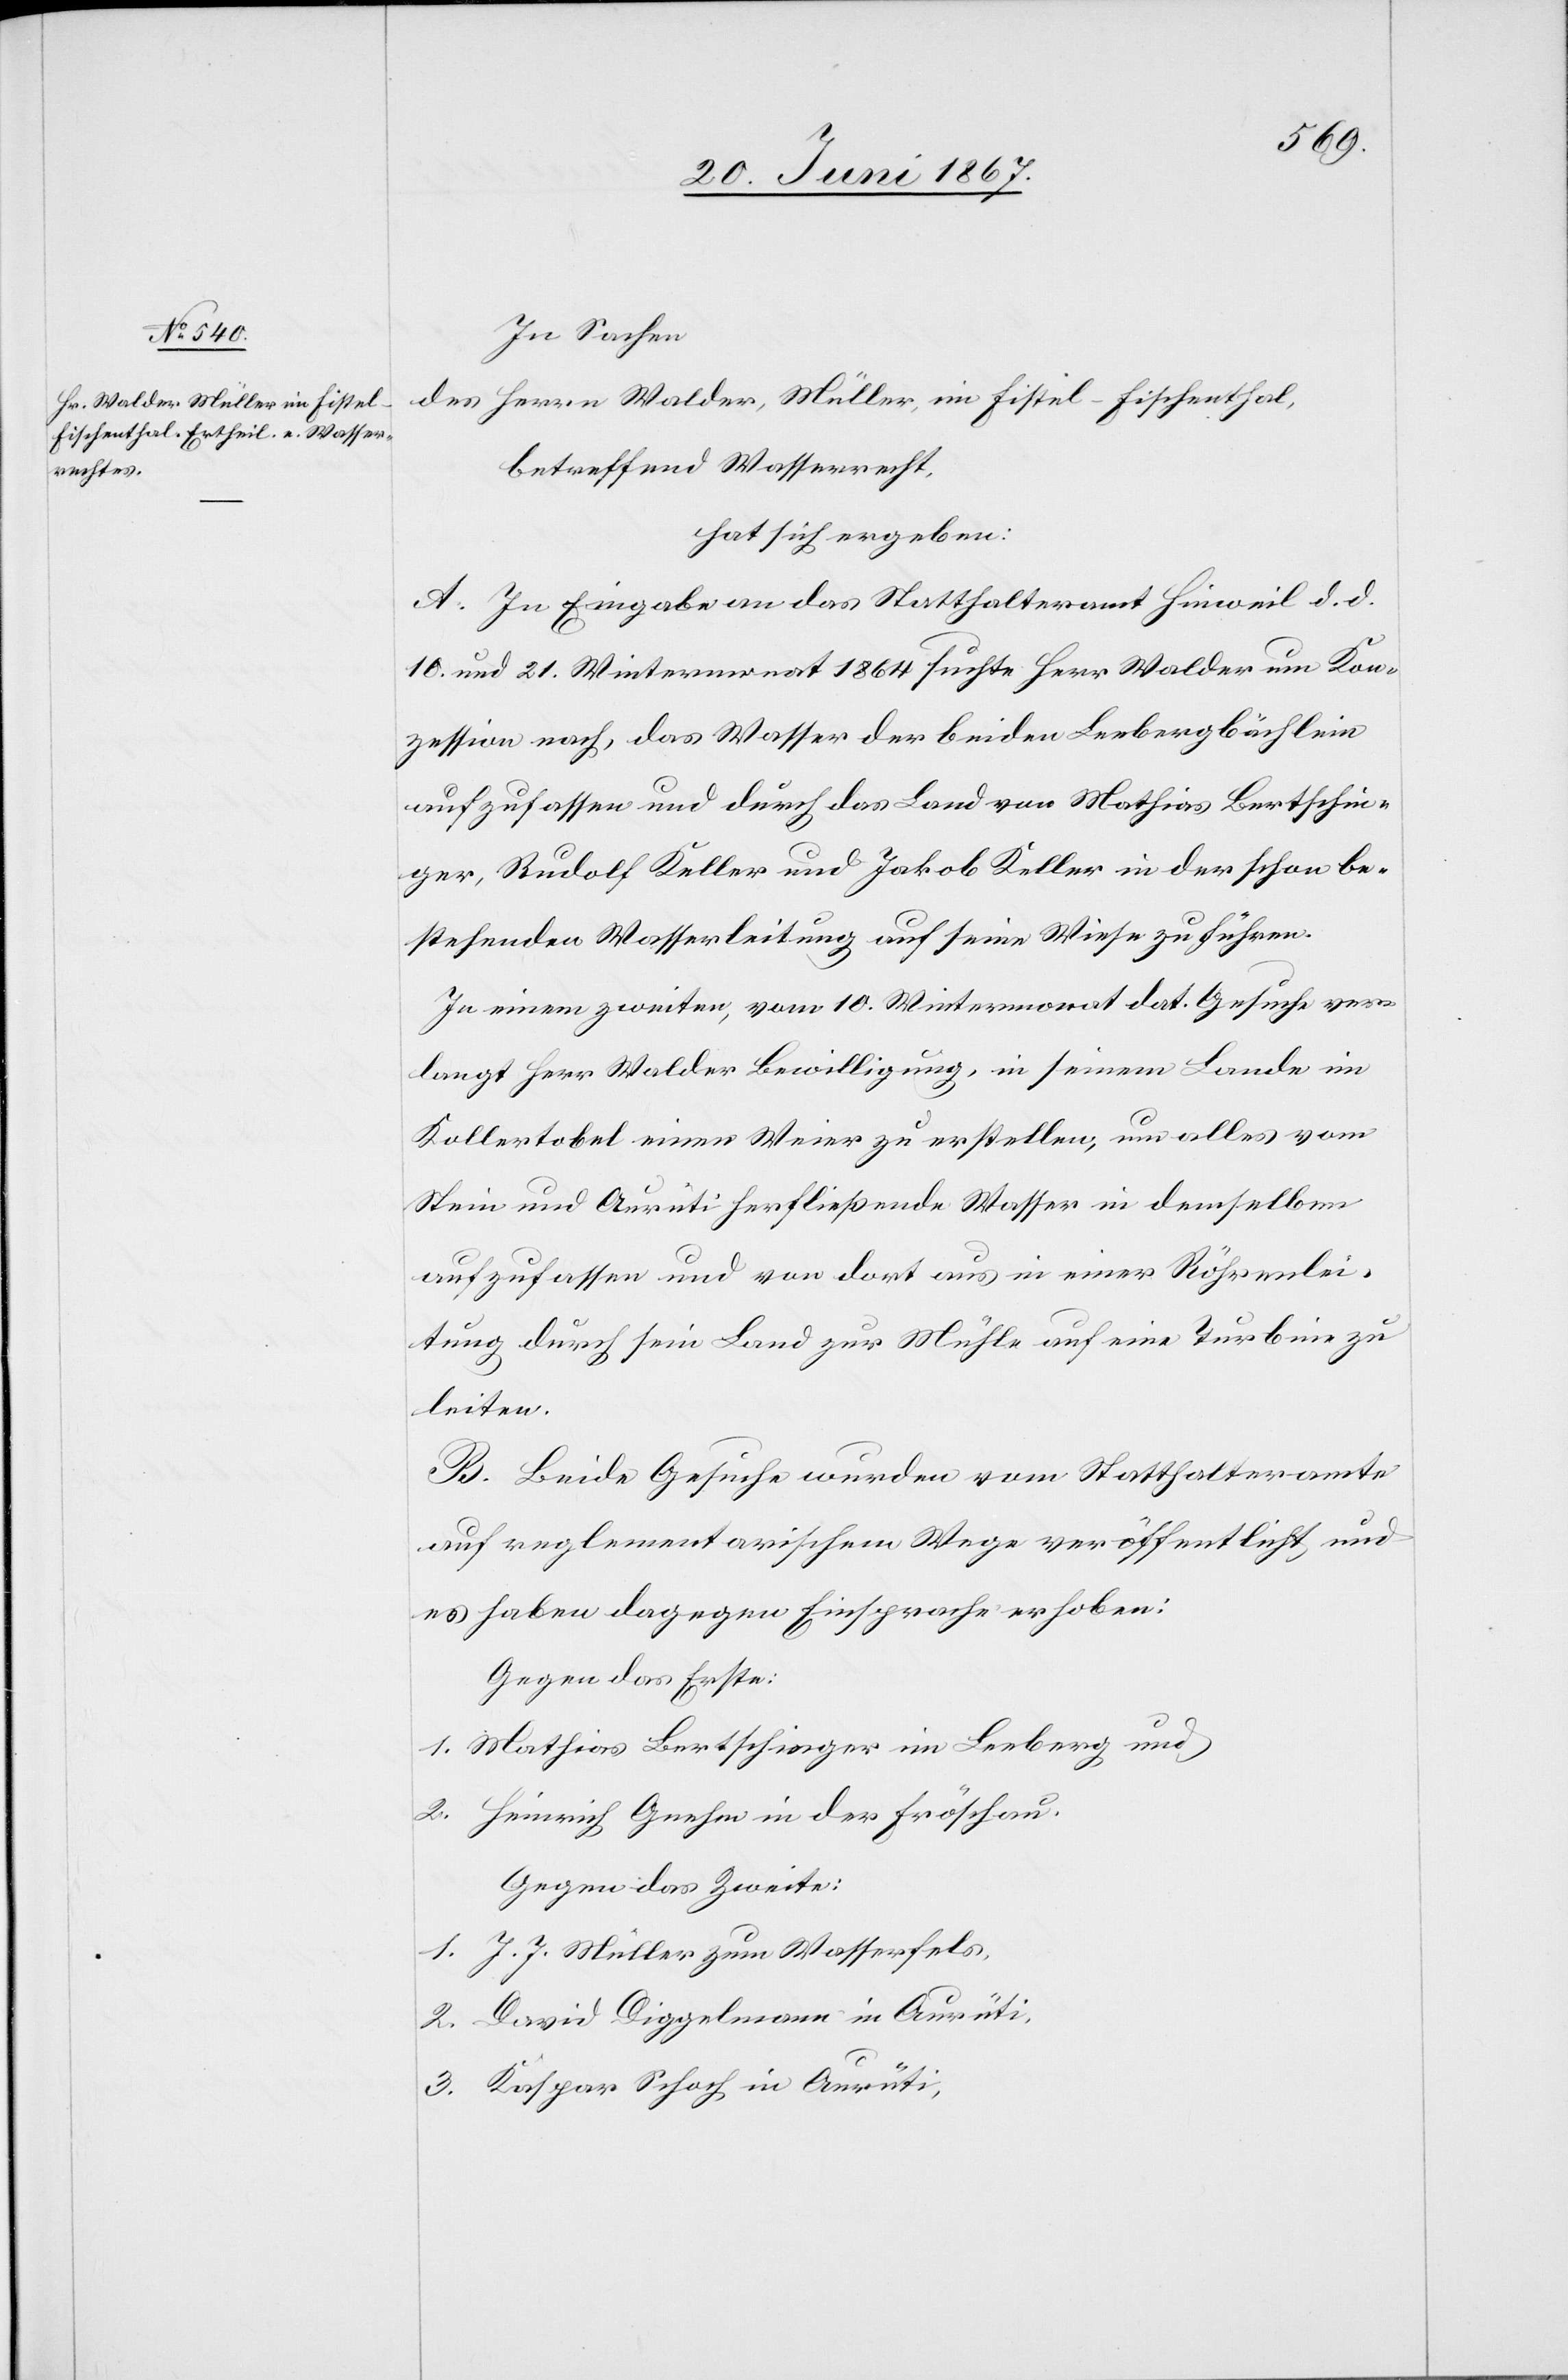
In Sachen
Herrn Walder, Müller, im Fistel-Fischenthal,
des
betreffend Wasserrecht,
hat sich ergeben:
A. In Eingabe an das Statthalteramt Hinweil d. d.
10. und 21. Wintermonat 1864 suchte Herr Walder um Kon¬
zession nach, das Wasser der beiden Leebergbächlein
aufzufassen und durch das Land von Mathias Berschin¬
ger, Rudolf Keller und Jakob Keller in der schon be¬
stehenden Wasserleitung auf seine Wiese zu führen.
In einem zweiten, vom 10. Wintermonat dat. Gesuche ver¬
langt Herr Walder Bewilligung, in seinem Lande im
Kollertobel einen Weier zu erstellen, um alles vom
Stein und Aurüti herfließende Wasser in demselben
aufzufassen und von dort aus in einer Röhrenlei¬
tung durch sein Land zur Mühle auf eine Turbine zu
leiten.
B. Beide Gesuche wurden vom Statthalteramte
auf reglementarischem Wege veröffentliche und
es haben dagegen Einsprache erhoben:
Gegen das Erste:
1. Mathias Bertschinger im Leeberg und
2. Heinrich Gnehm in der Föschau.
Gegen das Zweite:
1. J. J. Müller zum Wasserfels,
2. David Dippelmann in Aurüti,
3. Kaspar Schoch in Aurüti,